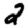
Digit: 2